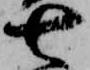
七